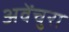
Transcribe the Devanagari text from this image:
अवेंचुरा